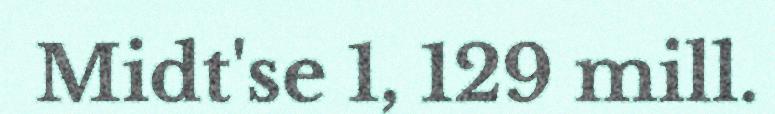
Midt'se 1, 129 mill.